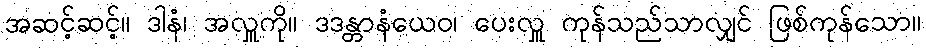
အဆင့်ဆင့်။ ဒါနံ၊ အလှူကို။ ဒဒန္တာနံယေဝ၊ ပေးလှူ ကုန်သည်သာလျှင် ဖြစ်ကုန်သော။